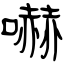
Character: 嚇